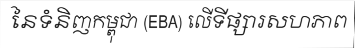
នៃទំនិញកម្ពុជា (EBA) លើទីផ្សារសហភាព